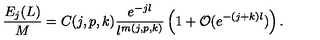
\frac { E _ { j } ( L ) } { M } = C ( j , p , k ) \frac { e ^ { - j l } } { l ^ { m ( j , p , k ) } } \left( 1 + { \mathcal { O } } ( e ^ { - ( j + k ) l } ) \right) .